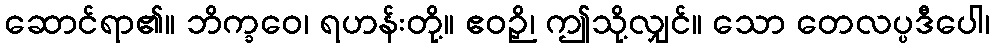
ဆောင်ရာ၏။ ဘိက္ခဝေ၊ ရဟန်းတို့။ ဧဝဉှိ၊ ဤသို့လျှင်။ သော တေလပ္ပဒီပေါ၊